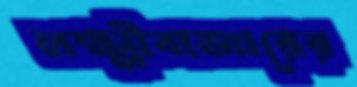
লক্ষ্মীবাজারের